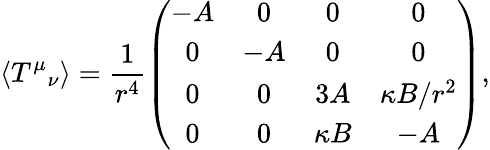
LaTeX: \left<T^{\mu}{}_{\nu}\right>=\frac{1}{r^{4}}\left(\begin{array}{cccc}{{-A}}&{{0}}&{{0}}&{{0}}\\ {{0}}&{{-A}}&{{0}}&{{0}}\\ {{0}}&{{0}}&{{3A}}&{{\kappa B/r^{2}}}\\ {{0}}&{{0}}&{{\kappa B}}&{{-A}}\end{array}\right),